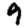
Digit: 9